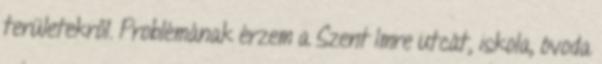
területekről. Problémának érzem a Szent Imre utcát, iskola, óvoda